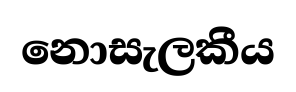
නොසැලකීය